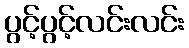
ပွင့်ပွင့်လင်းလင်း